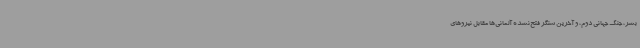
بشر، جنگ جهانی دوم، و آخرین سنگر فتح‌نشده آلمانی‌ها مقابل نیروهای